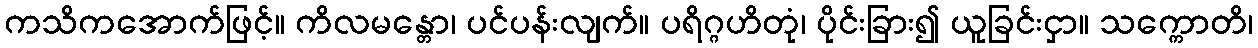
ကသိကအောက်ဖြင့်။ ကိလမန္တော၊ ပင်ပန်းလျက်။ ပရိဂ္ဂဟိတုံ၊ ပိုင်းခြား၍ ယူခြင်းငှာ။ သက္ကောတိ၊